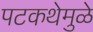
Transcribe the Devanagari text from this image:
पटकथेमुळे